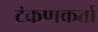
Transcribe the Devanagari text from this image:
टंकणकर्ता